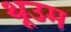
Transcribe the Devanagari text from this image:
थूउम